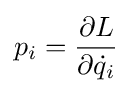
p_{i}={\frac {\partial L}{\partial {\dot {q}}_{i}}}